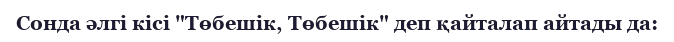
Сонда әлгі кісі "Төбешік, Төбешік" деп қайталап айтады да: